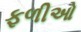
ફળીઓ